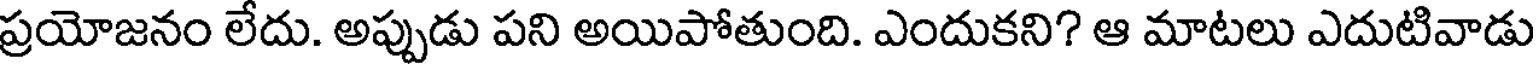
ప్రయోజనం లేదు. అప్పుడు పని అయిపోతుంది. ఎందుకని? ఆ మాటలు ఎదుటివాడు